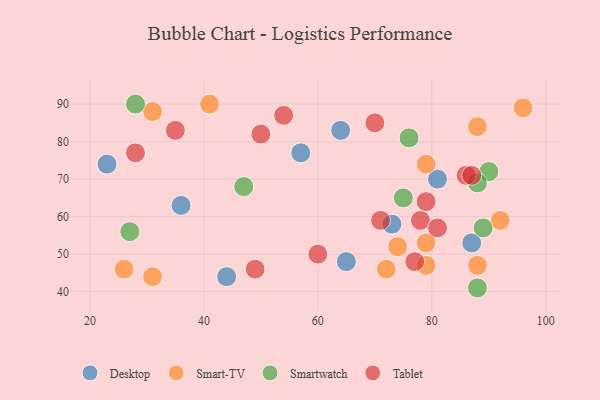
{"axis": {"x": "GDP", "y": "Life Expectancy"}, "legend": ["Desktop", "Smart-TV", "Smartwatch", "Tablet"], "data": [{"x": "81", "y": 70, "type": "Desktop"}, {"x": "73", "y": 58, "type": "Desktop"}, {"x": "87", "y": 53, "type": "Desktop"}, {"x": "65", "y": 48, "type": "Desktop"}, {"x": "44", "y": 44, "type": "Desktop"}, {"x": "23", "y": 74, "type": "Desktop"}, {"x": "64", "y": 83, "type": "Desktop"}, {"x": "57", "y": 77, "type": "Desktop"}, {"x": "36", "y": 63, "type": "Desktop"}, {"x": "79", "y": 47, "type": "Smart-TV"}, {"x": "88", "y": 84, "type": "Smart-TV"}, {"x": "96", "y": 89, "type": "Smart-TV"}, {"x": "79", "y": 74, "type": "Smart-TV"}, {"x": "26", "y": 46, "type": "Smart-TV"}, {"x": "92", "y": 59, "type": "Smart-TV"}, {"x": "41", "y": 90, "type": "Smart-TV"}, {"x": "88", "y": 47, "type": "Smart-TV"}, {"x": "31", "y": 44, "type": "Smart-TV"}, {"x": "31", "y": 88, "type": "Smart-TV"}, {"x": "72", "y": 46, "type": "Smart-TV"}, {"x": "74", "y": 52, "type": "Smart-TV"}, {"x": "79", "y": 53, "type": "Smart-TV"}, {"x": "88", "y": 41, "type": "Smartwatch"}, {"x": "89", "y": 57, "type": "Smartwatch"}, {"x": "27", "y": 56, "type": "Smartwatch"}, {"x": "76", "y": 81, "type": "Smartwatch"}, {"x": "47", "y": 68, "type": "Smartwatch"}, {"x": "28", "y": 90, "type": "Smartwatch"}, {"x": "75", "y": 65, "type": "Smartwatch"}, {"x": "90", "y": 72, "type": "Smartwatch"}, {"x": "88", "y": 69, "type": "Smartwatch"}, {"x": "60", "y": 50, "type": "Tablet"}, {"x": "49", "y": 46, "type": "Tablet"}, {"x": "86", "y": 71, "type": "Tablet"}, {"x": "78", "y": 59, "type": "Tablet"}, {"x": "70", "y": 85, "type": "Tablet"}, {"x": "81", "y": 57, "type": "Tablet"}, {"x": "77", "y": 48, "type": "Tablet"}, {"x": "50", "y": 82, "type": "Tablet"}, {"x": "71", "y": 59, "type": "Tablet"}, {"x": "79", "y": 64, "type": "Tablet"}, {"x": "35", "y": 83, "type": "Tablet"}, {"x": "54", "y": 87, "type": "Tablet"}, {"x": "87", "y": 71, "type": "Tablet"}, {"x": "28", "y": 77, "type": "Tablet"}]}